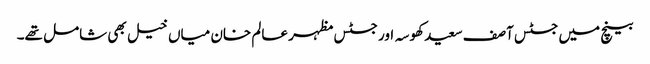
بینچ میں جسٹس آصف سعید کھوسہ اور جسٹس مظہر عالم خان میاں خیل بھی شامل تھے۔